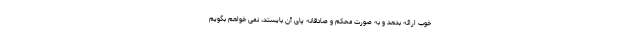
خوب ارائه بدهد و به صورت محکم و صادقانه پای آن بایستد، نمی خواهم بگویم